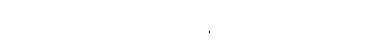
တချက်ရှုံ့လိုက်ပြီးနောက် မျက်နှာကို တင်းထားလိုက်၏။